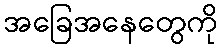
အခြေအနေတွေကို